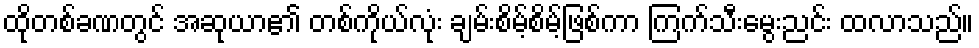
ထိုတစ်ခဏတွင် အဆုယာ၏ တစ်ကိုယ်လုံး ချမ်းစိမ့်စိမ့်ဖြစ်ကာ ကြက်သီးမွေးညင်း ထလာသည်။